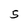
Character: 5